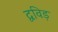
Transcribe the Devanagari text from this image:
द्वविड़